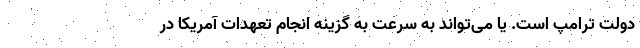
دولت ترامپ است. یا می‌تواند به سرعت به گزینه انجام تعهدات آمریکا در